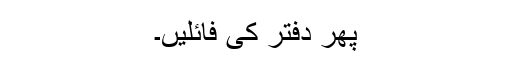
پھر دفتر کی فائلیں۔